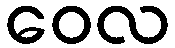
ဝေလ